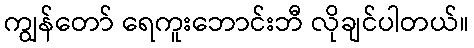
ကျွန်တော် ရေကူးဘောင်းဘီ လိုချင်ပါတယ်။